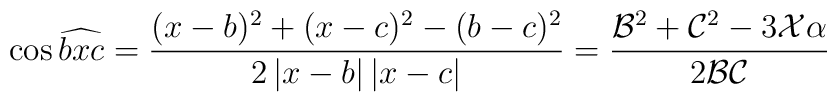
\cos\widehat{bxc}=\frac{(x-b)^2+(x-c)^2-(b-c)^2}{2\left|x-b\right|	\left|x-c\right|}=\frac{\mathcal{B}^2+\mathcal{C}^2-3\mathcal{X}\alpha}	{2\mathcal{BC}}